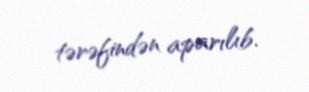
tərəfindən aparılıb.